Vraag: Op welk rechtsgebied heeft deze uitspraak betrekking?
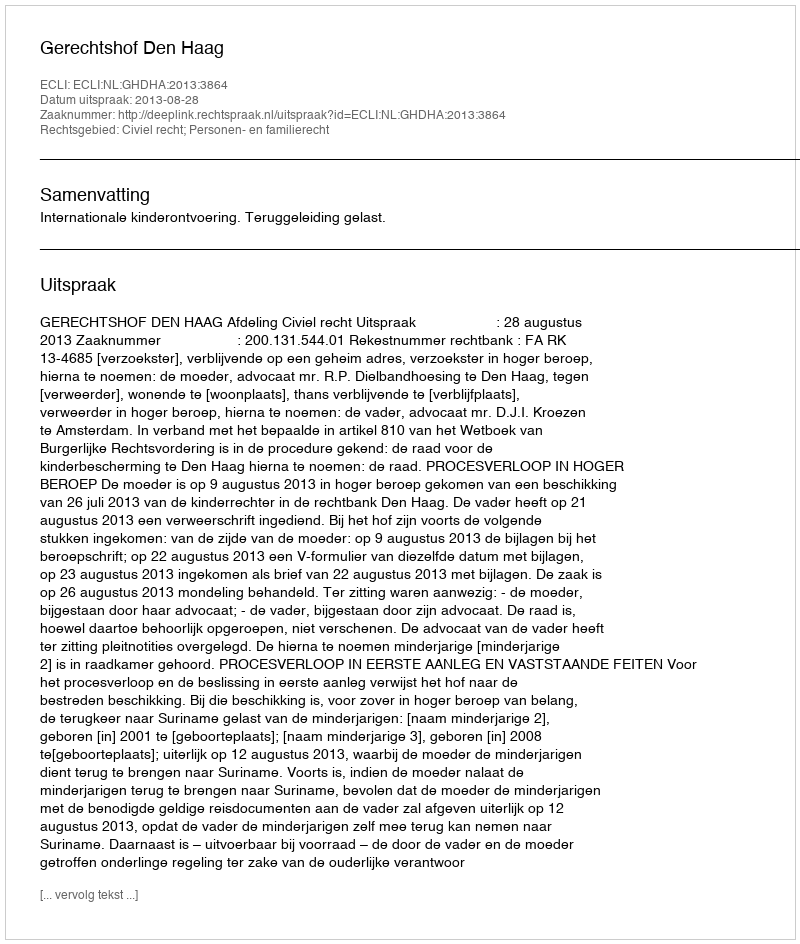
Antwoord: Civiel recht; Personen- en familierecht